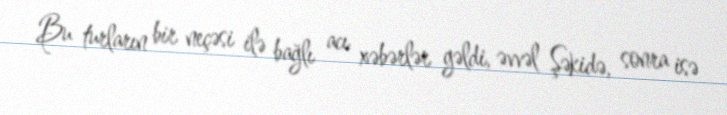
Bu turların bir neçəsi ilə bağlı acı xəbərlər gəldi, əvvəl Şəkidə, sonra isə